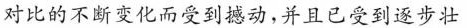
对比的不断变化而受到撼动，并且已受到逐步壮